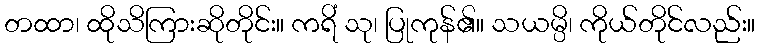
တထာ၊ ထိုသိကြားဆိုတိုင်း။ ကရိံ သု၊ ပြုကုန်၏။ သယမ္ပိ၊ ကိုယ်တိုင်လည်း။